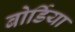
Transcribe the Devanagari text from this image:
बोर्डिया